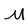
Character: W